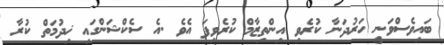
ބައިވެސްވަނީ ހަރުދަނާ ކުރެވި އިންތިޒާމް ކުރެވިފަ އެވެ .އެ ސެކްޝަންގައި ޚިދުމަތް ކުރާ